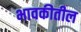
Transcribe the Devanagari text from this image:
भावकीतील